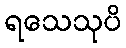
ရသေသုပိ